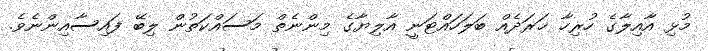
މުޅި އާއިލާގެ ހުރިހާ ޚަރަދެއް ބަލަހައްޓަނީ އާލިޔާގެ މިންނެތް މަސައްކަތުން ލިބޭ ފައިސާއިންނެވެ.